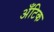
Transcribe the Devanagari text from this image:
अँटिक